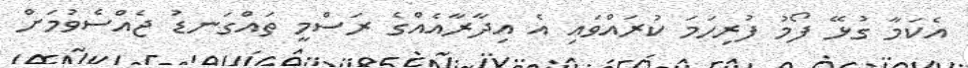
އެކަމާ ގުޅޭ ފޯމު ފުރިހަމަ ކުރައްވައި އެ އިދާރާއެއްގެ ރަސްމީ ތައްގަނޑު ޖެއްސެވުމަށް